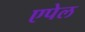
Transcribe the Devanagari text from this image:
एपेल